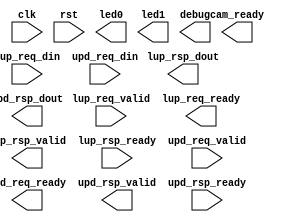
`timescale 1ns / 1ps
//////////////////////////////////////////////////////////////////////////////////
// Company: 
// Engineer: 
// 
// Design Name: 
// Module Name: SmartCamCtl
// Project Name: 
// Target Devices: 
// Tool Versions: 
// Description: 
// 
// Dependencies: 
// 
// Revision:
// Revision 0.01 - File Created
// Additional Comments:
// 
//////////////////////////////////////////////////////////////////////////////////


module SmartCamCtl(
	input	clk,  
    input	rst,
    output led0,
    output led1,
    output cam_ready,

    input			lup_req_valid,    
    output			lup_req_ready,  //should be 96, also wrong in SmartCam
    input[97:0]  	lup_req_din,   

    output			lup_rsp_valid,   
    input			lup_rsp_ready,    
    output[15:0]	lup_rsp_dout,

    input			upd_req_valid,    
    output			upd_req_ready,    
    input [112:0]	upd_req_din,

    output			upd_rsp_valid,    
    input			upd_rsp_ready,    
    output [15:0]	upd_rsp_dout,   //(1 + 1 + 14 + 96) - 1 = 111 
    output [255:0] debug
    
);


endmodule